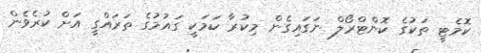
ކޮމެޓީ ތަކުގެ ކޮންޓްރޯލް ނަގައިގެން މިކުރާ ކަމަކީ ގައުމުގެ ތަރައްގީ އަށް ކުރެވެން